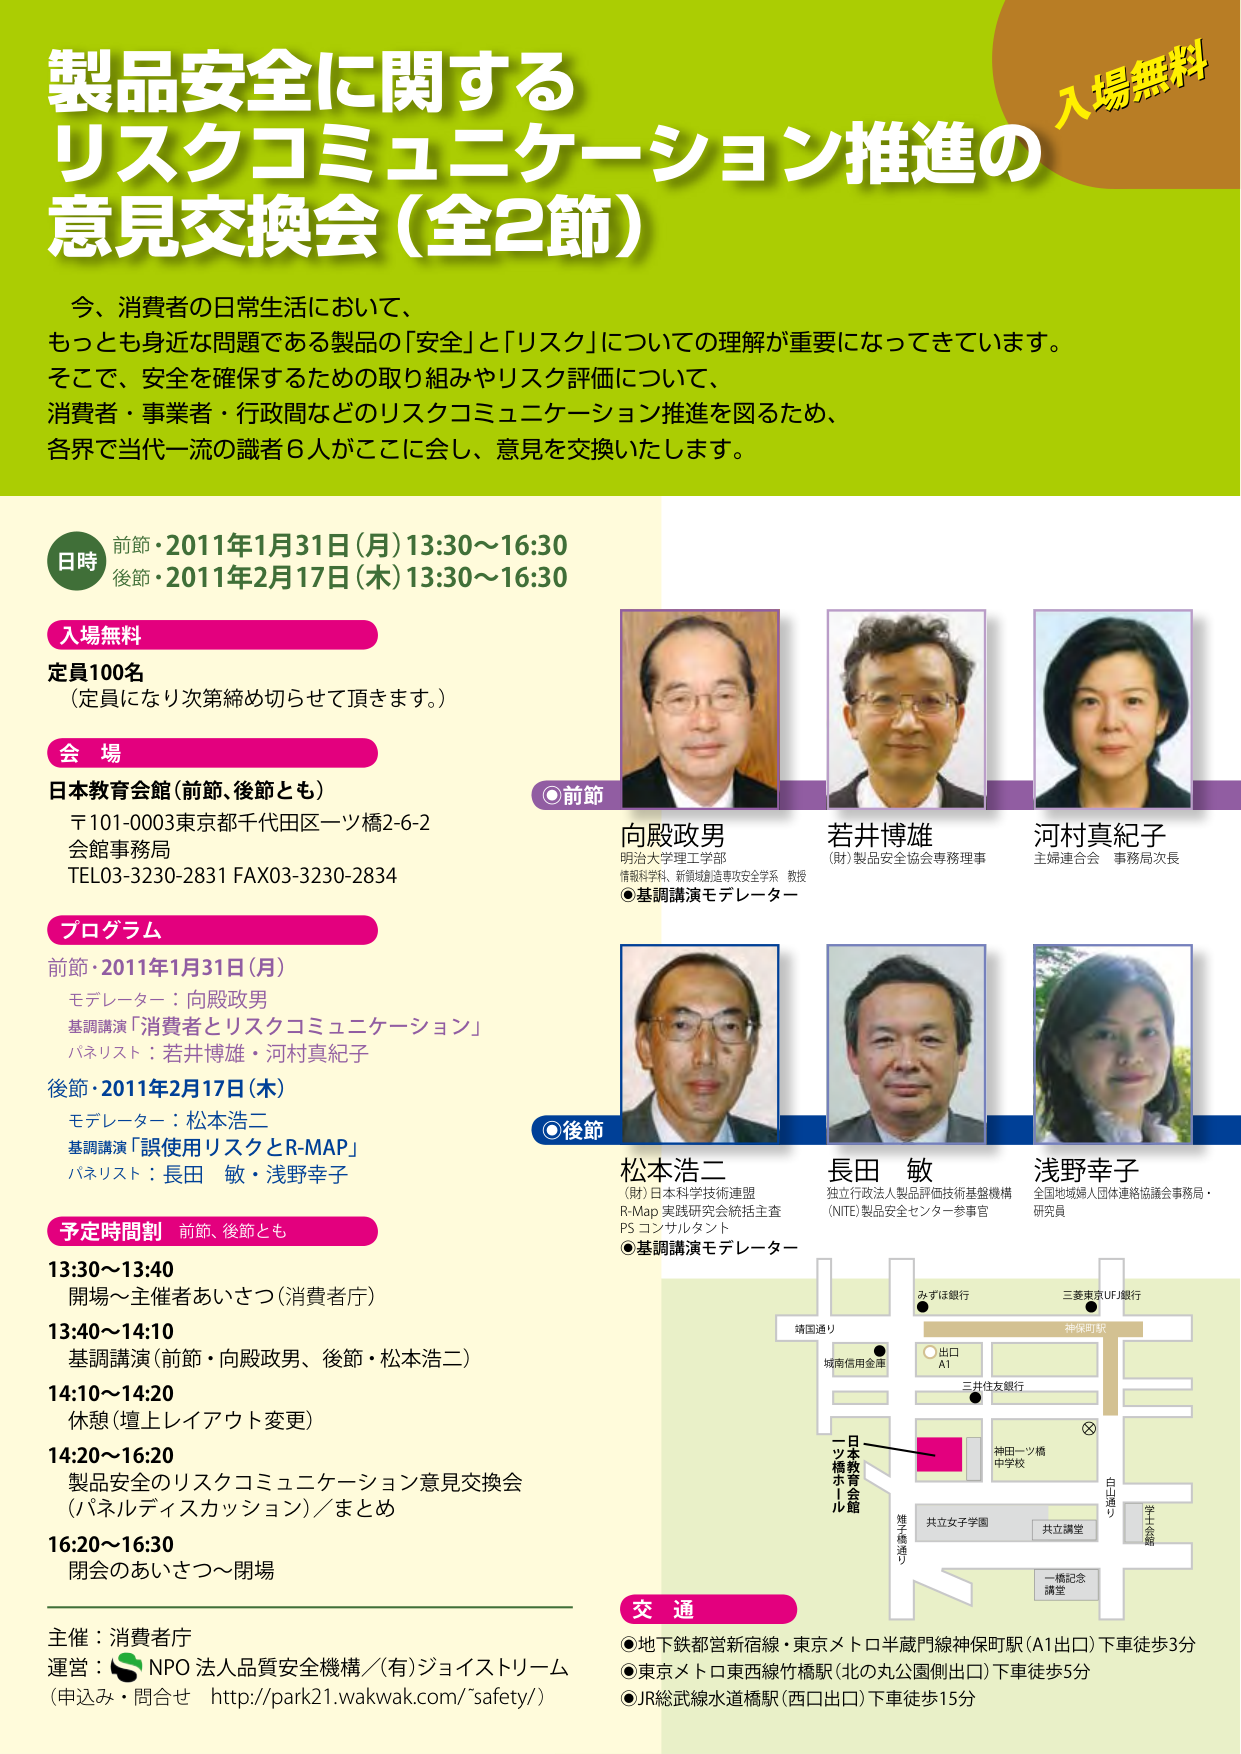
製品安全に関する
リスクコミュニケーション推進の
意見交換会（全2節）

入場無料

今、消費者の日常生活において、
もっとも身近な問題である製品の「安全」と「リスク」についての理解が重要になってきています。
そこで、安全を確保するための取り組みやリスク評価について、
消費者・事業者・行政間などのリスクコミュニケーション推進を図るため、
各界で当代一流の識者6人がここに会し、意見を交換いたします。

日時
前節・2011年1月31日（月）13:30～16:30
後節・2011年2月17日（木）13:30～16:30

入場無料
定員100名
（定員になり次第締め切らせて頂きます。）

会場
日本教育会館（前節、後節とも）
〒101-0003東京都千代田区一ツ橋2-6-2
会館事務局
TEL03-3230-2831 FAX03-3230-2834

プログラム
前節・2011年1月31日（月）
モデレーター：向殿政男
基調講演「消費者とリスクコミュニケーション」
パネリスト：若井博雄・河村真紀子

後節・2011年2月17日（木）
モデレーター：松本浩二
基調講演「誤使用リスクとR-MAP」
パネリスト：長田 敏・浅野幸子

予定時間割 前節、後節とも
13:30～13:40 開場～主催者あいさつ（消費者庁）
13:40～14:10 基調講演（前節・向殿政男、後節・松本浩二）
14:10～14:20 休憩（壇上レイアウト変更）
14:20～16:20 製品安全のリスクコミュニケーション意見交換会
（パネルディスカッション）／まとめ
16:20～16:30 閉会のあいさつ～閉場

◎前節
向殿政男
明治大学理工学部
情報科学科、新領域創造事故安全学系 教授
◎基調講演モデレーター

若井博雄
（財）製品安全協会専務理事

河村真紀子
主婦連合会 事務局次長

◎後節
松本浩二
（財）日本科学技術連盟
R-Map 実践研究会統括主査
PS コンサルタント
◎基調講演モデレーター

長田 敏
独立行政法人製品評価技術基盤機構
（NITE）製品安全センター参事官

浅野幸子
全国地域婦人団体連絡協議会事務局・
研究員

交通
●地下鉄都営新宿線・東京メトロ半蔵門線神保町駅（A1出口）下車徒歩3分
●東京メトロ東西線竹橋駅（北の丸公園側出口）下車徒歩5分
●JR総武線水道橋駅（西口出口）下車徒歩15分

主催：消費者庁
運営：NPO 法人品質安全機構／（有）ジョイストリーム
（申込み・問合せ http://park21.wakwak.com/~safety/）

（地図内）
みずほ銀行
三菱東京UFJ銀行
神保町駅
A1出口
三井住友銀行
城南信用金庫
靖国通り
一ツ橋
日本教育会館
神田一ツ橋中学校
共立女子学園
共立講堂
白山通り
学士館
椎子橋通り
一橋記念講堂